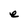
Character: e